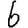
Digit: 6